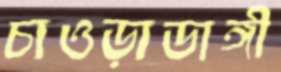
চাওড়াডাঙ্গী